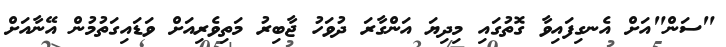
"ސަން"އަށް އެނގިފައިވާ ގޮތުގައި މިދިޔަ އަންގާރަ ދުވަހު ޖާބިރު މަތިވެރިއަށް ވަޑައިގަތުމުން އޭނާއަށް